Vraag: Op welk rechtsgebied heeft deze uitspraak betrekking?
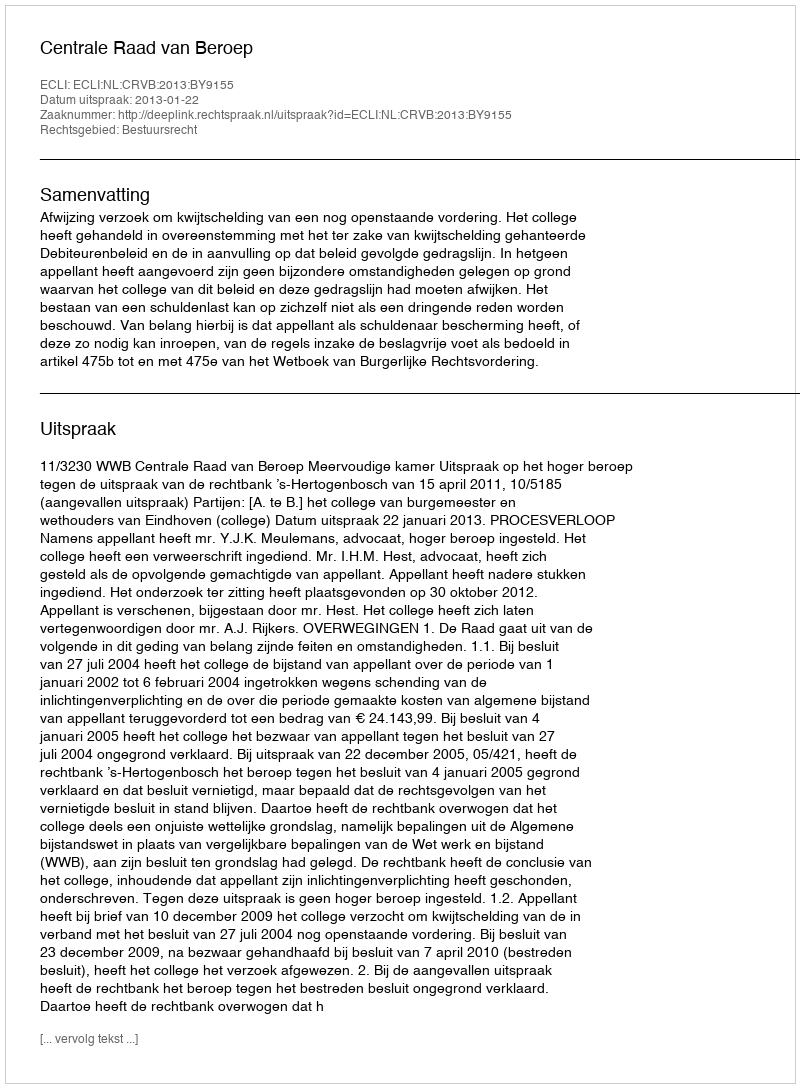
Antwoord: Bestuursrecht